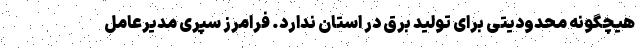
هیچگونه محدودیتی برای تولید برق در استان ندارد. فرامرز سپری مدیرعامل